Indian journal of veterinary science and animal husbandry - Volume 2,
Year: 1932
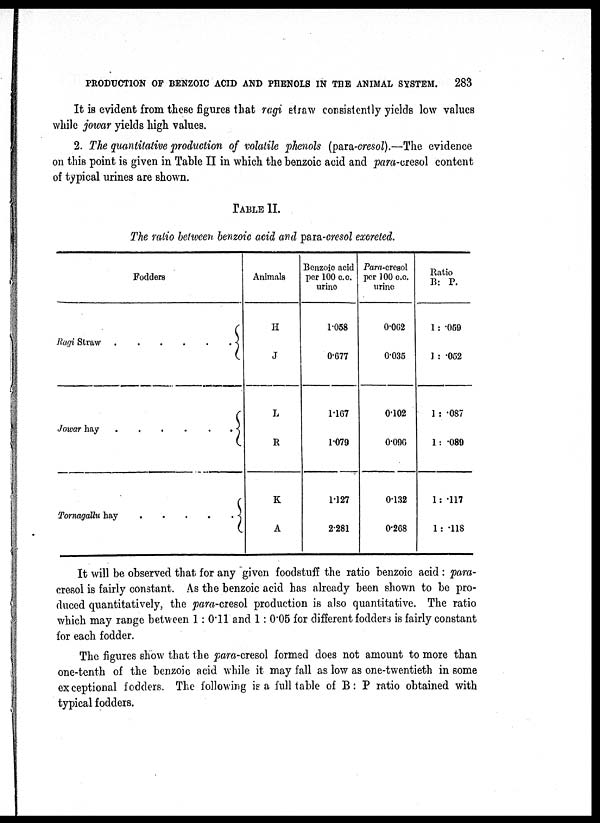
PRODUCTION OF BENZOIC ACID AND PHENOLS IN THE ANIMAL SYSTEM.
283
It is evident from these figures that ragi straw consistently yields low values
while jowar yields high values.
2. The quantitative production of volatile phenols (para-cresol).—The evidence
on this point is given in Table II in which the benzoic acid and para-cresol content
of typical urines are shown.
TABLE II.
The ratio between benzoic acid and para-cresol excreted.
Fodders
Ragi Straw ...{
Jowar hay
...{
Tornagallu
hay...
{
Animals
H
J
L
R
K
A
Benzoic acid
per 100 c.c.
urine
1.058
0.677
1.107
1.079
1.127
2.281
Para-cresol
per 100 c.c.
urine
0.062
0.035
0.102
0.096
0.132
0.268
Ratio
B: P.
1: .059
1 : .052
1 : .087
1: .089
1: .117
1 : .118
It will be observed that for any given foodstuff the ratio benzoic acid : para¬
cresol is fairly constant. As the benzoic acid has already been shown to be pro-
duced quantitatively, the para-cresol production is also quantitative. The ratio
which may range between 1: 0.11 and 1: 0.05 for different fodders is fairly constant
for each fodder.
The figures show that the para-cresol formed does not amount to more than
one-tenth of the benzoic acid while it may fall as low as one-twentieth in some
exceptional fodders. The following is a full table of B: P ratio obtained with
typical fodders.